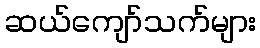
ဆယ်ကျော်သက်များ